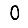
Digit: 0